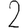
Digit: 2